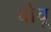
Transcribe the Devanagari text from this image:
बोचू